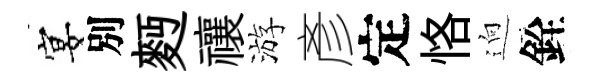
宴別麪禳游彥定恪逈銓